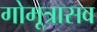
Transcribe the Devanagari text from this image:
गोमूत्रासव